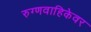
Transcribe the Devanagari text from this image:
रुग्णवाहिकेवर